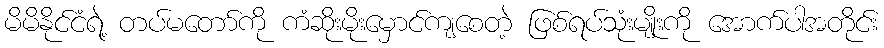
မိမိနိုင်ငံရဲ့ တပ်မတော်ကို ကံဆိုးမိုးမှောင်ကျစေတဲ့ ဖြစ်ရပ်သုံးမျိုးကို အောက်ပါအတိုင်း